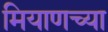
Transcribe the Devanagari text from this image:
मियाणच्या